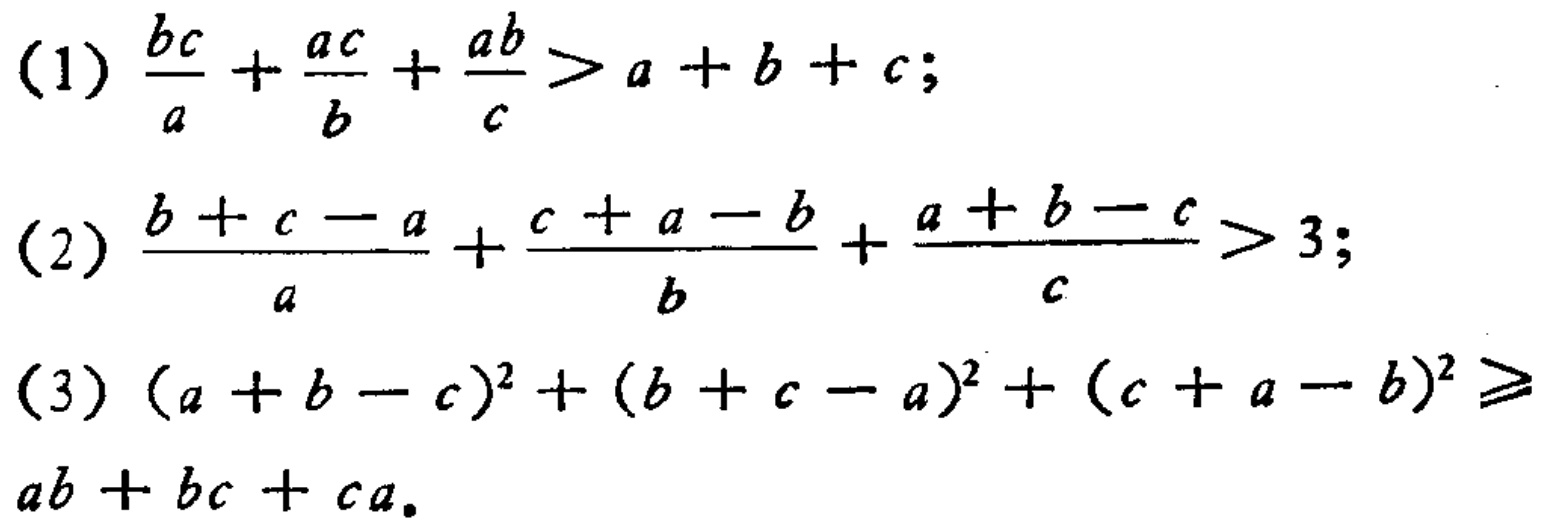
(1) \(\frac{bc}{a}+\frac{ac}{b}+\frac{ab}{c}>a + b + c\);
(2) \(\frac{b + c - a}{a}+\frac{c + a - b}{b}+\frac{a + b - c}{c}>3\);
(3) \((a + b - c)^2+(b + c - a)^2+(c + a - b)^2\geq ab + bc + ca\)